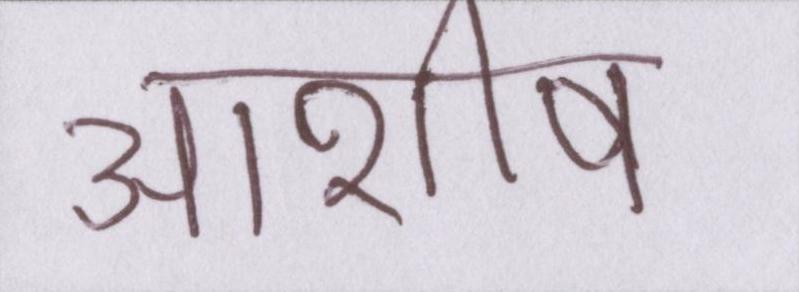
आशीष